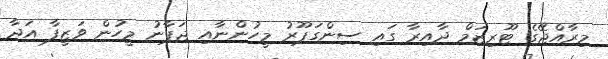
މިރާއްޖޭގެ ޓޫރިޒަމް ދާއިރާ ގައި ސިންގަޕޫރު މީހުންނާއި ޖަޕާނު މީހުން ވަޒީފާ އަދާ